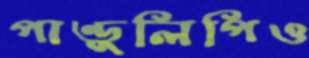
পাণ্ডুলিপিও